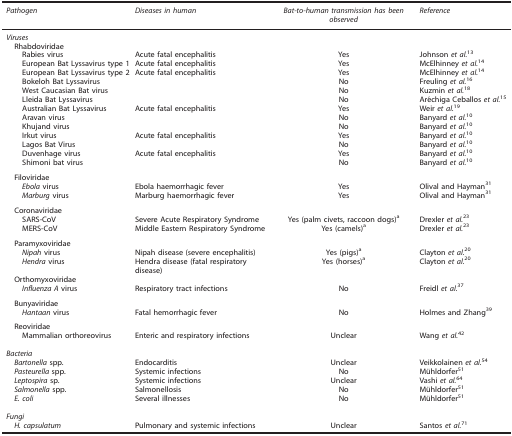
<table><thead><tr><td><b><i>Pathogen</i></b></td><td><b><i>Diseases in human</i></b></td><td><b><i>Bat-to-human transmission has been observed</i></b></td><td><b><i>Reference</i></b></td></tr></thead><tbody><tr><td colspan="4"><i>Viruses</i></td></tr><tr><td colspan="4"> Rhabdoviridae</td></tr><tr><td>Rabies virus</td><td>Acute fatal encephalitis</td><td>Yes</td><td>Johnson <i>et al.</i><sup>13</sup></td></tr><tr><td>European Bat Lyssavirus type 1</td><td>Acute fatal encephalitis</td><td>Yes</td><td>McElhinney <i>et al.</i><sup>14</sup></td></tr><tr><td>European Bat Lyssavirus type 2</td><td>Acute fatal encephalitis</td><td>Yes</td><td>McElhinney <i>et al.</i><sup>14</sup></td></tr><tr><td>Bokeloh Bat Lyssavirus</td><td>[EMPTY_CELL]</td><td>No</td><td>Freuling <i>et al.</i><sup>16</sup></td></tr><tr><td>West Caucasian Bat virus</td><td>[EMPTY_CELL]</td><td>No</td><td>Kuzmin <i>et al.</i><sup>18</sup></td></tr><tr><td>Lleida Bat Lyssavirus</td><td>[EMPTY_CELL]</td><td>No</td><td>Aréchiga Ceballos <i>et al.</i><sup>15</sup></td></tr><tr><td>Australian Bat Lyssavirus</td><td>Acute fatal encephalitis</td><td>Yes</td><td>Weir <i>et al.</i><sup>19</sup></td></tr><tr><td>Aravan virus</td><td>[EMPTY_CELL]</td><td>No</td><td>Banyard <i>et al.</i><sup>10</sup></td></tr><tr><td>Khujand virus</td><td>[EMPTY_CELL]</td><td>No</td><td>Banyard <i>et al.</i><sup>10</sup></td></tr><tr><td>Irkut virus</td><td>Acute fatal encephalitis</td><td>Yes</td><td>Banyard <i>et al.</i><sup>10</sup></td></tr><tr><td>Lagos Bat Virus</td><td>[EMPTY_CELL]</td><td>No</td><td>Banyard <i>et al.</i><sup>10</sup></td></tr><tr><td>Duvenhage virus</td><td>Acute fatal encephalitis</td><td>Yes</td><td>Banyard <i>et al.</i><sup>10</sup></td></tr><tr><td>Shimoni bat virus</td><td>[EMPTY_CELL]</td><td>No</td><td>Banyard <i>et al.</i><sup>10</sup></td></tr><tr><td colspan="4"> Filoviridae</td></tr><tr><td><i>Ebola</i> virus</td><td>Ebola haemorrhagic fever</td><td>Yes</td><td>Olival and Hayman<sup>31</sup></td></tr><tr><td><i>Marburg</i> virus</td><td>Marburg haemorrhagic fever</td><td>Yes</td><td>Olival and Hayman<sup>31</sup></td></tr><tr><td colspan="4"> Coronaviridae</td></tr><tr><td>SARS-CoV</td><td>Severe Acute Respiratory Syndrome</td><td>Yes (palm civets, raccoon dogs)a</td><td>Drexler <i>et al.</i><sup>23</sup></td></tr><tr><td>MERS-CoV</td><td>Middle Eastern Respiratory Syndrome</td><td>Yes (camels)a</td><td>Drexler <i>et al.</i><sup>23</sup></td></tr><tr><td colspan="4"> Paramyxoviridae</td></tr><tr><td><i>Nipah</i> virus</td><td>Nipah disease (severe encephalitis)</td><td>Yes (pigs)a</td><td>Clayton <i>et al.</i><sup>20</sup></td></tr><tr><td><i>Hendra</i> virus</td><td>Hendra disease (fatal respiratory disease)</td><td>Yes (horses)a</td><td>Clayton <i>et al.</i><sup>20</sup></td></tr><tr><td colspan="4"> Orthomyxoviridae</td></tr><tr><td><i>Influenza A</i> virus</td><td>Respiratory tract infections</td><td>No</td><td>Freidl <i>et al.</i><sup>37</sup></td></tr><tr><td colspan="4"> Bunyaviridae</td></tr><tr><td><i>Hantaan</i> virus</td><td>Fatal hemorrhagic fever</td><td>No</td><td>Holmes and Zhang<sup>39</sup></td></tr><tr><td colspan="4"> Reoviridae</td></tr><tr><td>Mammalian orthoreovirus</td><td>Enteric and respiratory infections</td><td>Unclear</td><td>Wang <i>et al.</i><sup>42</sup></td></tr><tr><td>[EMPTY_CELL]</td><td>[EMPTY_CELL]</td><td>[EMPTY_CELL]</td><td>[EMPTY_CELL]</td></tr><tr><td colspan="4"><i>Bacteria</i></td></tr><tr><td> <i>Bartonella</i> spp.</td><td>Endocarditis</td><td>Unclear</td><td>Veikkolainen <i>et al.</i><sup>54</sup></td></tr><tr><td> <i>Pasteurella</i> spp.</td><td>Systemic infections</td><td>No</td><td>Mühldorfer<sup>51</sup></td></tr><tr><td> <i>Leptospira</i> sp.</td><td>Systemic infections</td><td>Unclear</td><td>Vashi <i>et al.</i><sup>64</sup></td></tr><tr><td> <i>Salmonella</i> spp.</td><td>Salmonellosis</td><td>No</td><td>Mühldorfer<sup>51</sup></td></tr><tr><td> <i>E. coli</i></td><td>Several illnesses</td><td>No</td><td>Mühldorfer<sup>51</sup></td></tr><tr><td>[EMPTY_CELL]</td><td>[EMPTY_CELL]</td><td>[EMPTY_CELL]</td><td>[EMPTY_CELL]</td></tr><tr><td colspan="4"><i>Fungi</i></td></tr><tr><td> <i>H. capsulatum</i></td><td>Pulmonary and systemic infections</td><td>Unclear</td><td>Santos <i>et al.</i><sup>71</sup></td></tr></tbody></table>